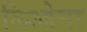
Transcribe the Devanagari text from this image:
लिओना